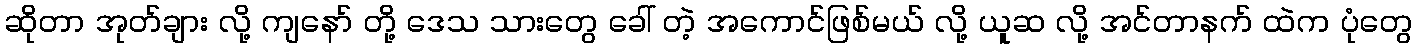
ဆိုတာ အုတ်ချား လို့ ကျနော် တို့ ဒေသ သားတွေ ခေါ် တဲ့ အကောင်ဖြစ်မယ် လို့ ယူဆ လို့ အင်တာနက် ထဲက ပုံတွေ